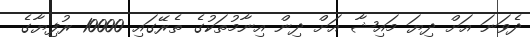
ދެވަނަ އަށް ދިޔަ މައިޝާ އަށް ދިން އިނާމުތަކުގެ ތެރޭގައި 10000 ރުފިޔާގެ